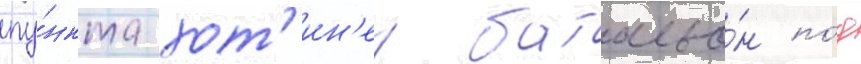
пу́нкта хот'ин'ен батальо́н по́д